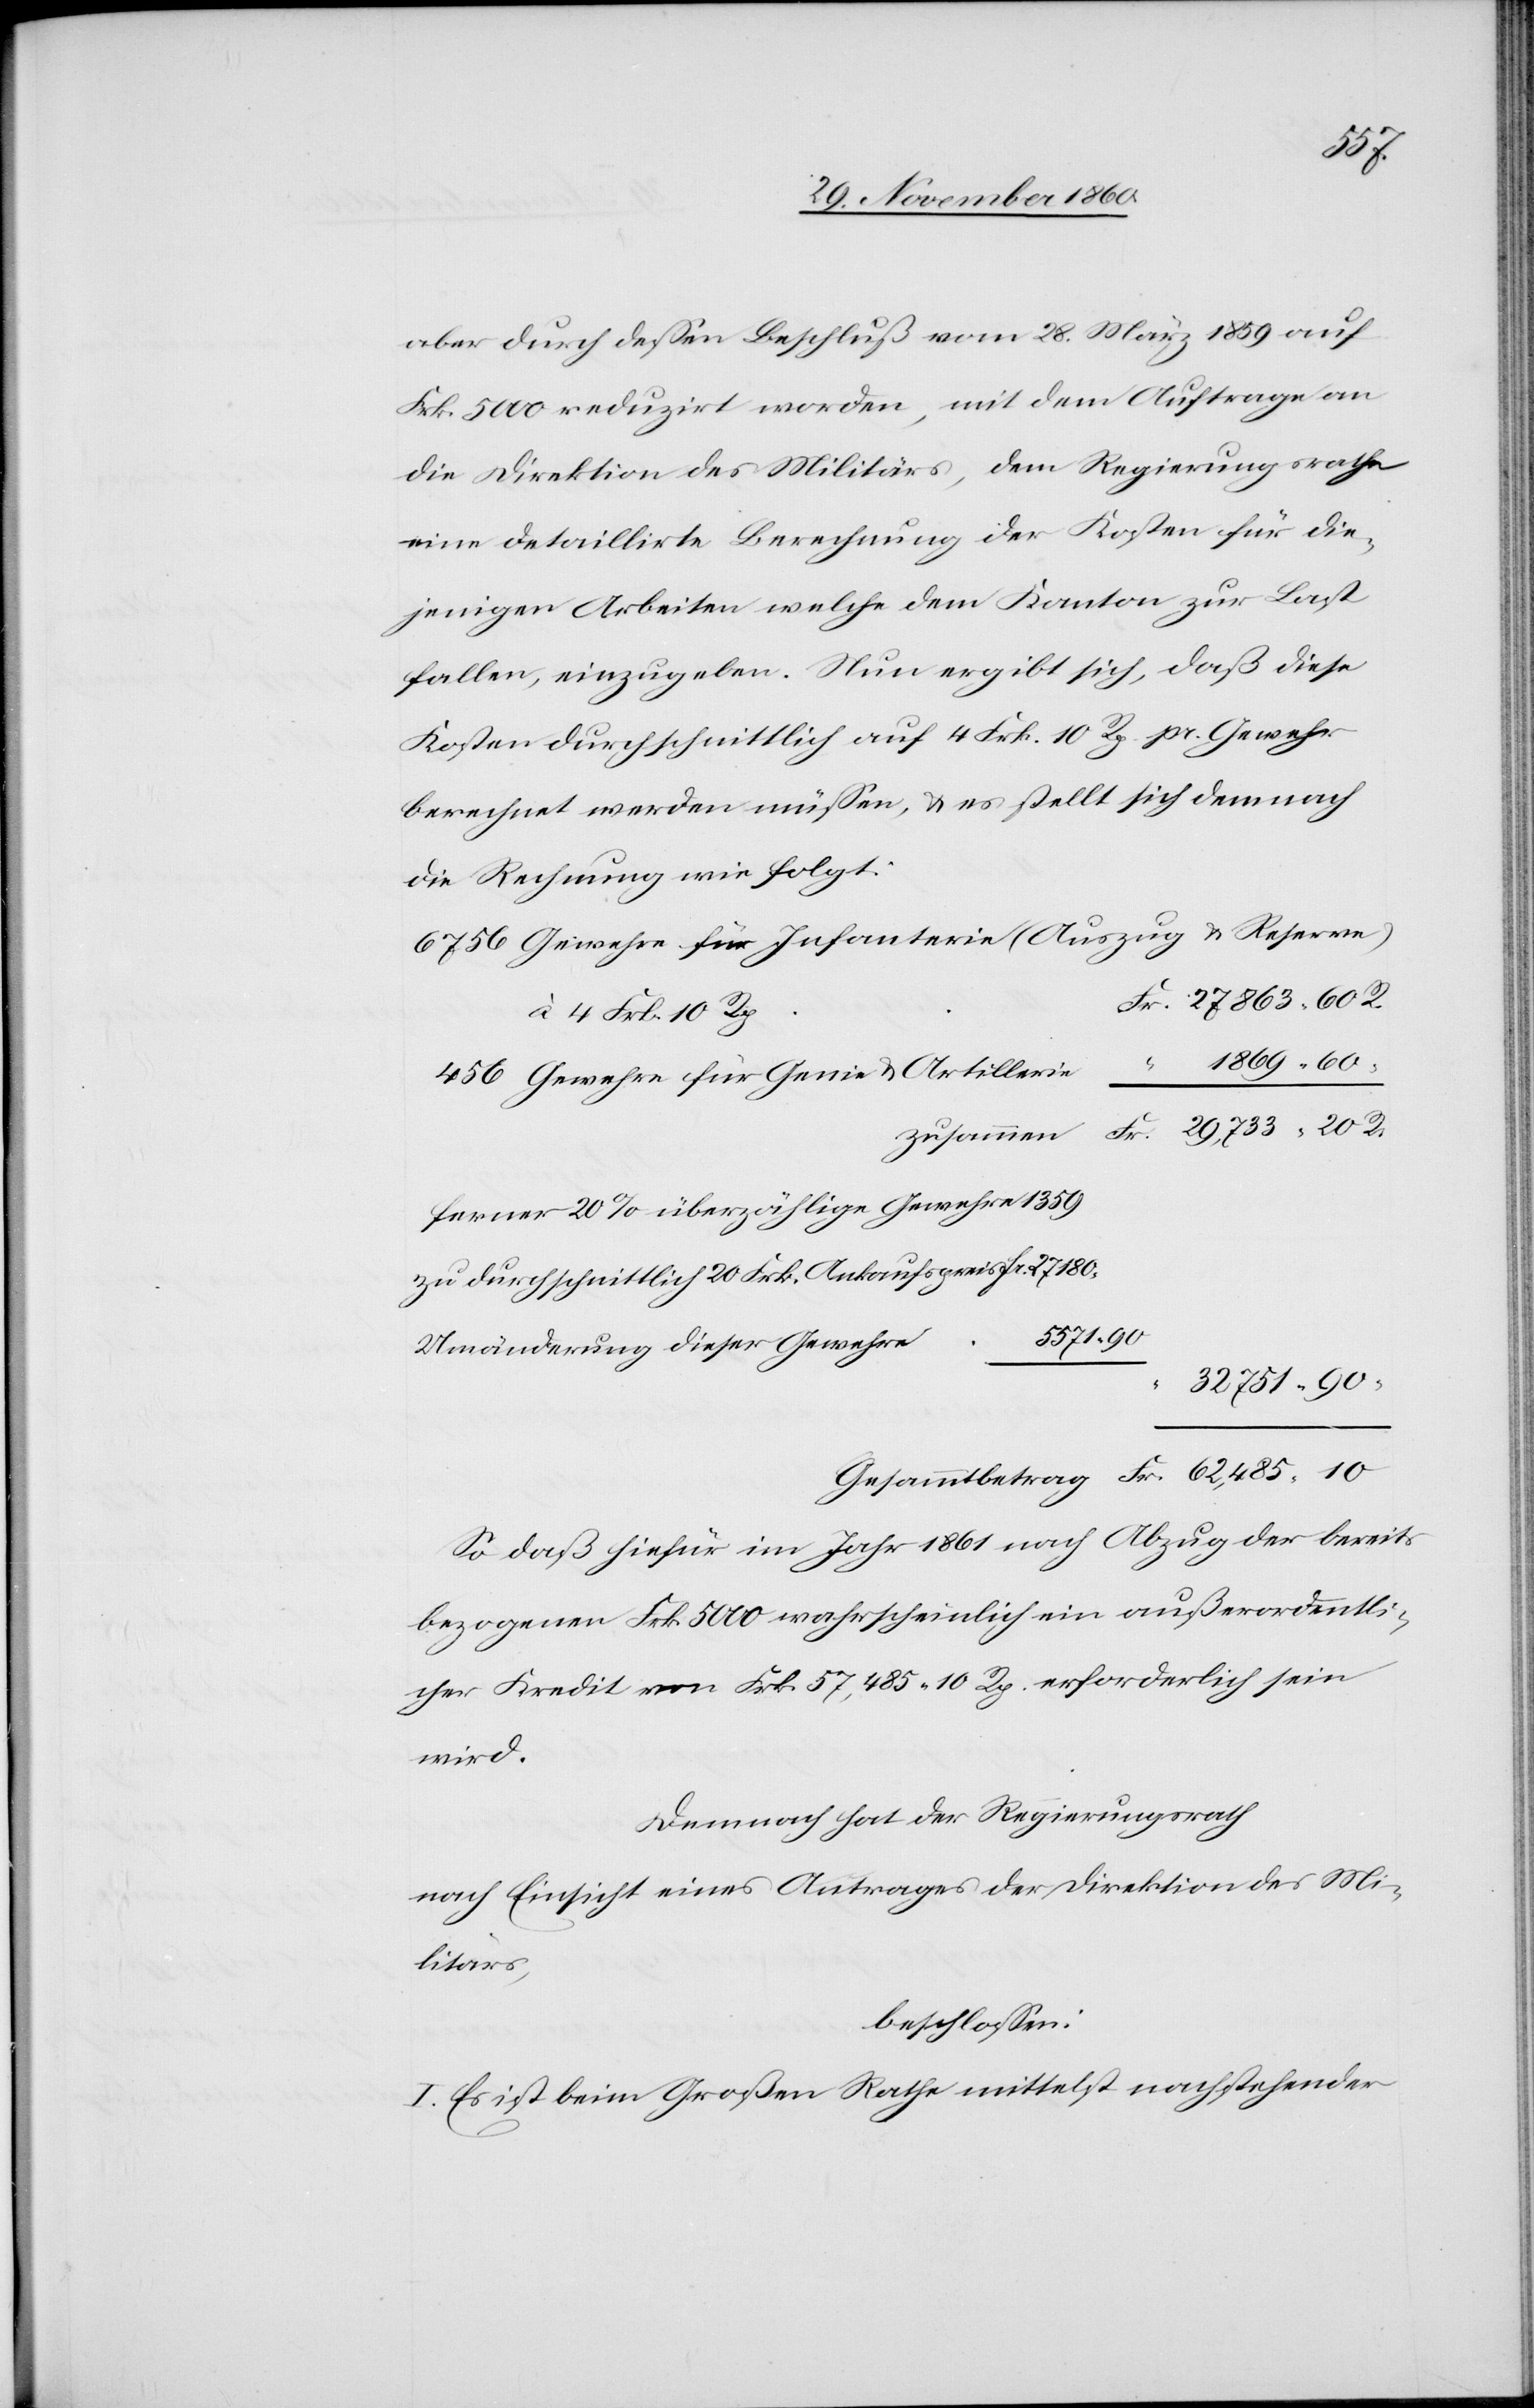
10
aber durch dessen Beschluß vom 28. März 1859 auf
Frk. 5000 reduzirt worden, mit dem Auftrage an
die Direktion des Militärs, dem Regierungsrathe
eine detaillirte Berechnung der Kosten für die¬
jenigen Arbeiten welche dem Kanton zur Last
fallen, einzugeben. Nun ergibt sich, daß diese
Kosten durchschnittlich auf 4 Frk. 10 Rp. pr. Gewehr
berechnet werden müssen, u. es stellt sich demnach
die Rechnung wie folgt:
Gewehre für Infanterie (Auszug u. Reserve)
à 4 Frk. 10 Rp.
Gewehre für Genie u. Artillerie
zusammen
ferner 20% überzählige Gewehre 1359
zu durchschnittlich 20 Frk. Ankaufspreis
62,485
Umänderung dieser Gewehre
So daß hiefür im Jahr 1861 nach Abzug der bereits
bezogenen Frk. 5000 wahrscheinlich ein außerordentli¬
cher Kredit von Frk. 57,485 10 Rp. erforderlich sein
wird.
Demnach hat der Regierungsrath
nach Einsicht eines Antrages der Direktion des Mi¬
litärs,
beschlossen:
I. Es ist beim Großen Rathe mittelst nachstehender